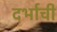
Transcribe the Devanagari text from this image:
दर्भाची